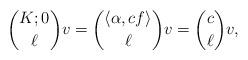
LaTeX: \begin{align*}\binom{K;0}{\ell}v=\binom{\langle \alpha,cf\rangle }{\ell}v=\binom{c}{\ell}v,\end{align*}